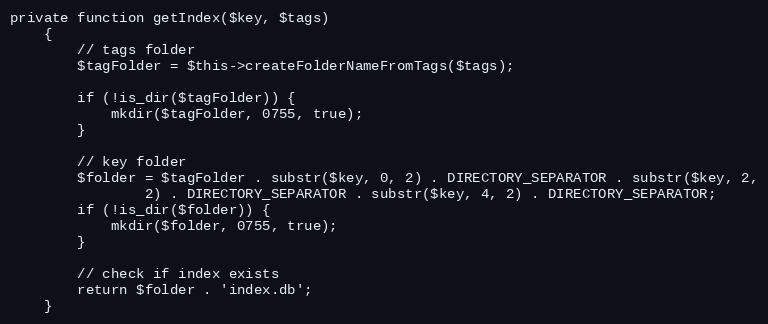
Language: PHP
private function getIndex($key, $tags)
    {
        // tags folder
        $tagFolder = $this->createFolderNameFromTags($tags);

        if (!is_dir($tagFolder)) {
            mkdir($tagFolder, 0755, true);
        }

        // key folder
        $folder = $tagFolder . substr($key, 0, 2) . DIRECTORY_SEPARATOR . substr($key, 2,
                2) . DIRECTORY_SEPARATOR . substr($key, 4, 2) . DIRECTORY_SEPARATOR;
        if (!is_dir($folder)) {
            mkdir($folder, 0755, true);
        }

        // check if index exists
        return $folder . 'index.db';
    }